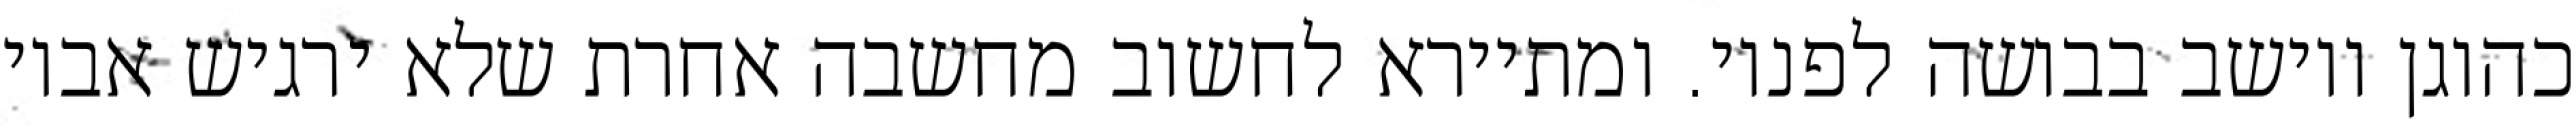
כהוגן ויושב בבושה לפניו. ומתיירא לחשוב מחשבה אחרת שלא ירגיש אביו